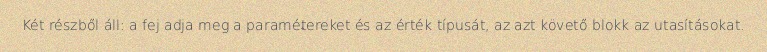
Két részből áll: a fej adja meg a paramétereket és az érték típusát, az azt követő blokk az utasításokat.